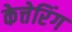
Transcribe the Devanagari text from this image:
केत्तेरिंग